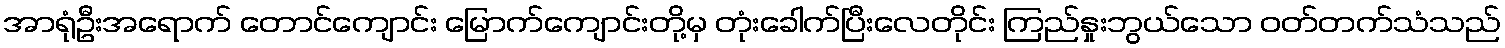
အာရုံဦးအရောက် တောင်ကျောင်း မြောက်ကျောင်းတို့မှ တုံးခေါက်ပြီးလေတိုင်း ကြည်နှုးဘွယ်သော ဝတ်တက်သံသည်